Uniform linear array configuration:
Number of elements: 24
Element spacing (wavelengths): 0.25
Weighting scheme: binomial
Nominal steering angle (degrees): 30
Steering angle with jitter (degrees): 30.31
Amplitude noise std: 0.05
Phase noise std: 0.05

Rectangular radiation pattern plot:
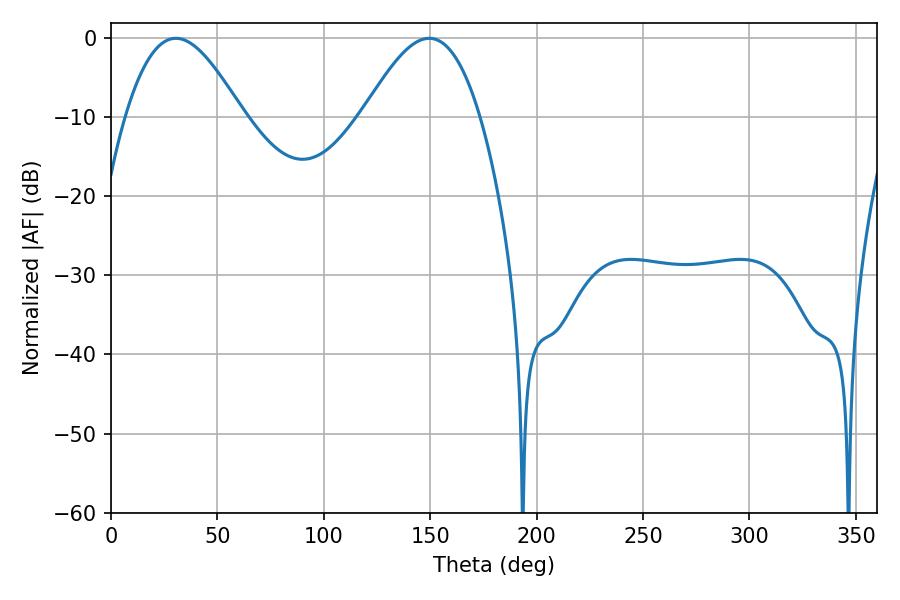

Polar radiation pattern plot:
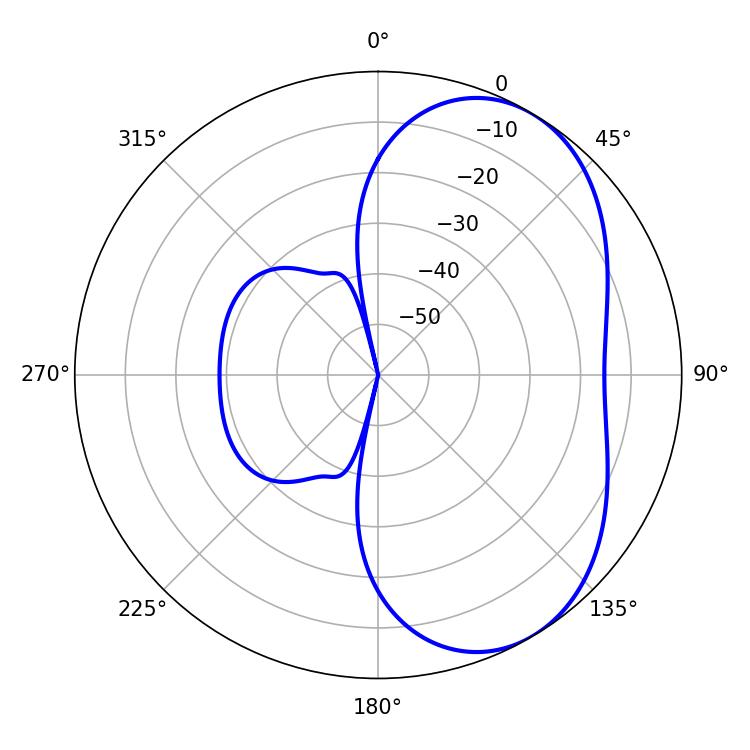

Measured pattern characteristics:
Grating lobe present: FALSE
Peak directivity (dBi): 5.049
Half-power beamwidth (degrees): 29.7
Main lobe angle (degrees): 30.42